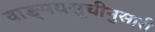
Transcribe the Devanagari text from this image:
वाङ्मयसूचीनुसारी